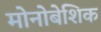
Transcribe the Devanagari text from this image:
मोनोबेशिक